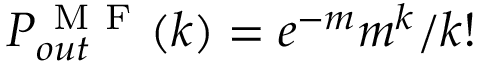
P _ { o u t } ^ { \mathrm { ~ M ~ F ~ } } ( k ) = e ^ { - m } m ^ { k } / k !